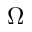
\Omega